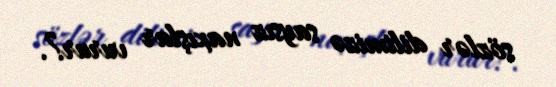
sözlər dilimizə saysız naxışlar vurur?.